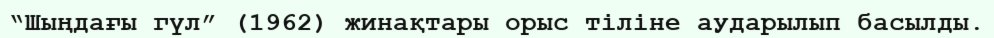
“Шыңдағы гүл” (1962) жинақтары орыс тіліне аударылып басылды.